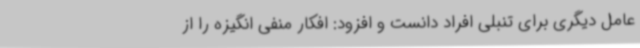
عامل دیگری برای تنبلی افراد دانست و افزود: افکار منفی انگیزه را از